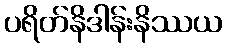
ပရိတ်နိဒါန်းနိဿယ